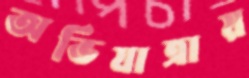
অভিযাত্রায়